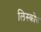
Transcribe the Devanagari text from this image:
लिस्कोव